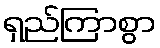
ရှည်ကြာစွာ